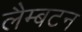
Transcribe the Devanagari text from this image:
लैम्बटन